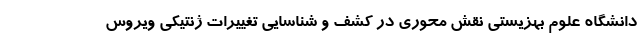
دانشگاه علوم بهزیستی نقش محوری در کشف و شناسایی تغییرات ژنتیکی ویروس